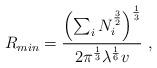
LaTeX: \begin{align*}R_{min}=\frac{\left(\sum_iN_i^{\frac{3}{2}}\right)^{\frac{1}{3}}}{2\pi^{\frac{1}{3}}\lambda^{\frac{1}{6}}v}~,\end{align*}